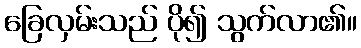
ခြေလှမ်းသည် ပို၍ သွက်လာ၏။